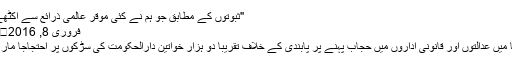
"ثبوتوں کے مطابق جو ہم نے کئی موقر عالمی ذرائع سے اکٹھے …
فروری 8, 2016	254
بوسنیا میں عدالتوں اور قانونی اداروں میں حجاب پہنے پر پابندی کے خلاف تقریباً دو ہزار خواتین دارالحکومت کی سڑکوں پر احتجاجاً مارچ کیا۔